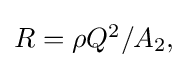
{\textstyle R=\rho Q^{2}/A_{2},}